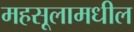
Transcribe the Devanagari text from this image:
महसूलामधील